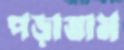
পড়াতাম